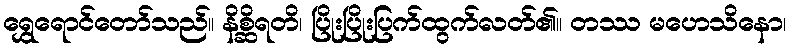
ရွှေရောင်တော်သည်။ နိစ္ဆိရတိ၊ ပြိုးပြိုးပြက်ထွက်လတ်၏။ တဿ မဟေသိနော၊